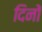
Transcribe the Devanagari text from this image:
दिनों